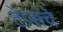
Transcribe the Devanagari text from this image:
टेप्सचे